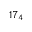
1 7 _ { 4 }